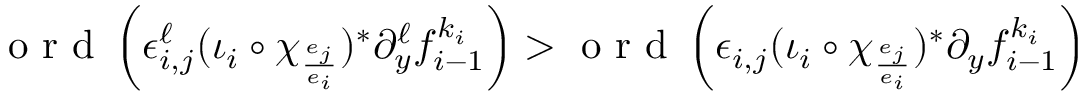
\textrm { o r d } \left( \epsilon _ { i , j } ^ { \ell } ( \iota _ { i } \circ \chi _ { \frac { e _ { j } } { e _ { i } } } ) ^ { \ast } \partial _ { y } ^ { \ell } f _ { i - 1 } ^ { k _ { i } } \right) > \textrm { o r d } \left( \epsilon _ { i , j } ( \iota _ { i } \circ \chi _ { \frac { e _ { j } } { e _ { i } } } ) ^ { \ast } \partial _ { y } f _ { i - 1 } ^ { k _ { i } } \right)